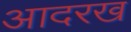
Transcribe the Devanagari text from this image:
आदरख